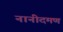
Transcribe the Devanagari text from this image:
नानीदमण